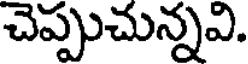
చెప్పుచున్నవి.